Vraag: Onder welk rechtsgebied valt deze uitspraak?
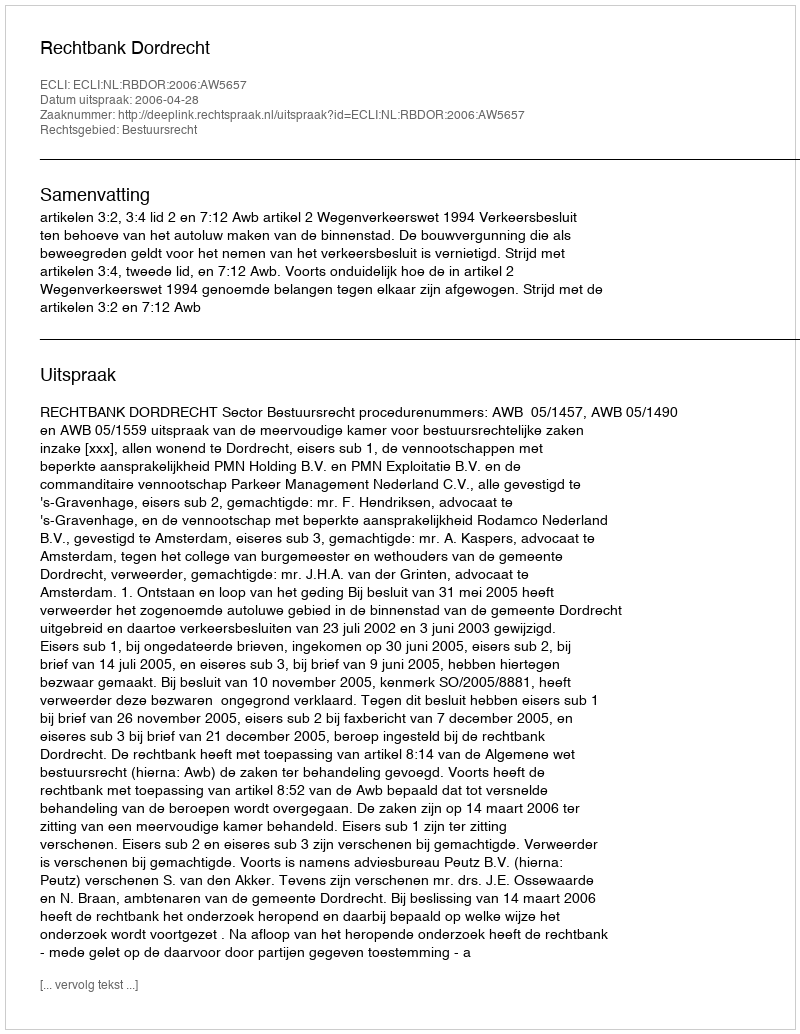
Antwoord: Bestuursrecht